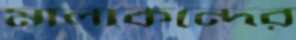
মালাকন্দের